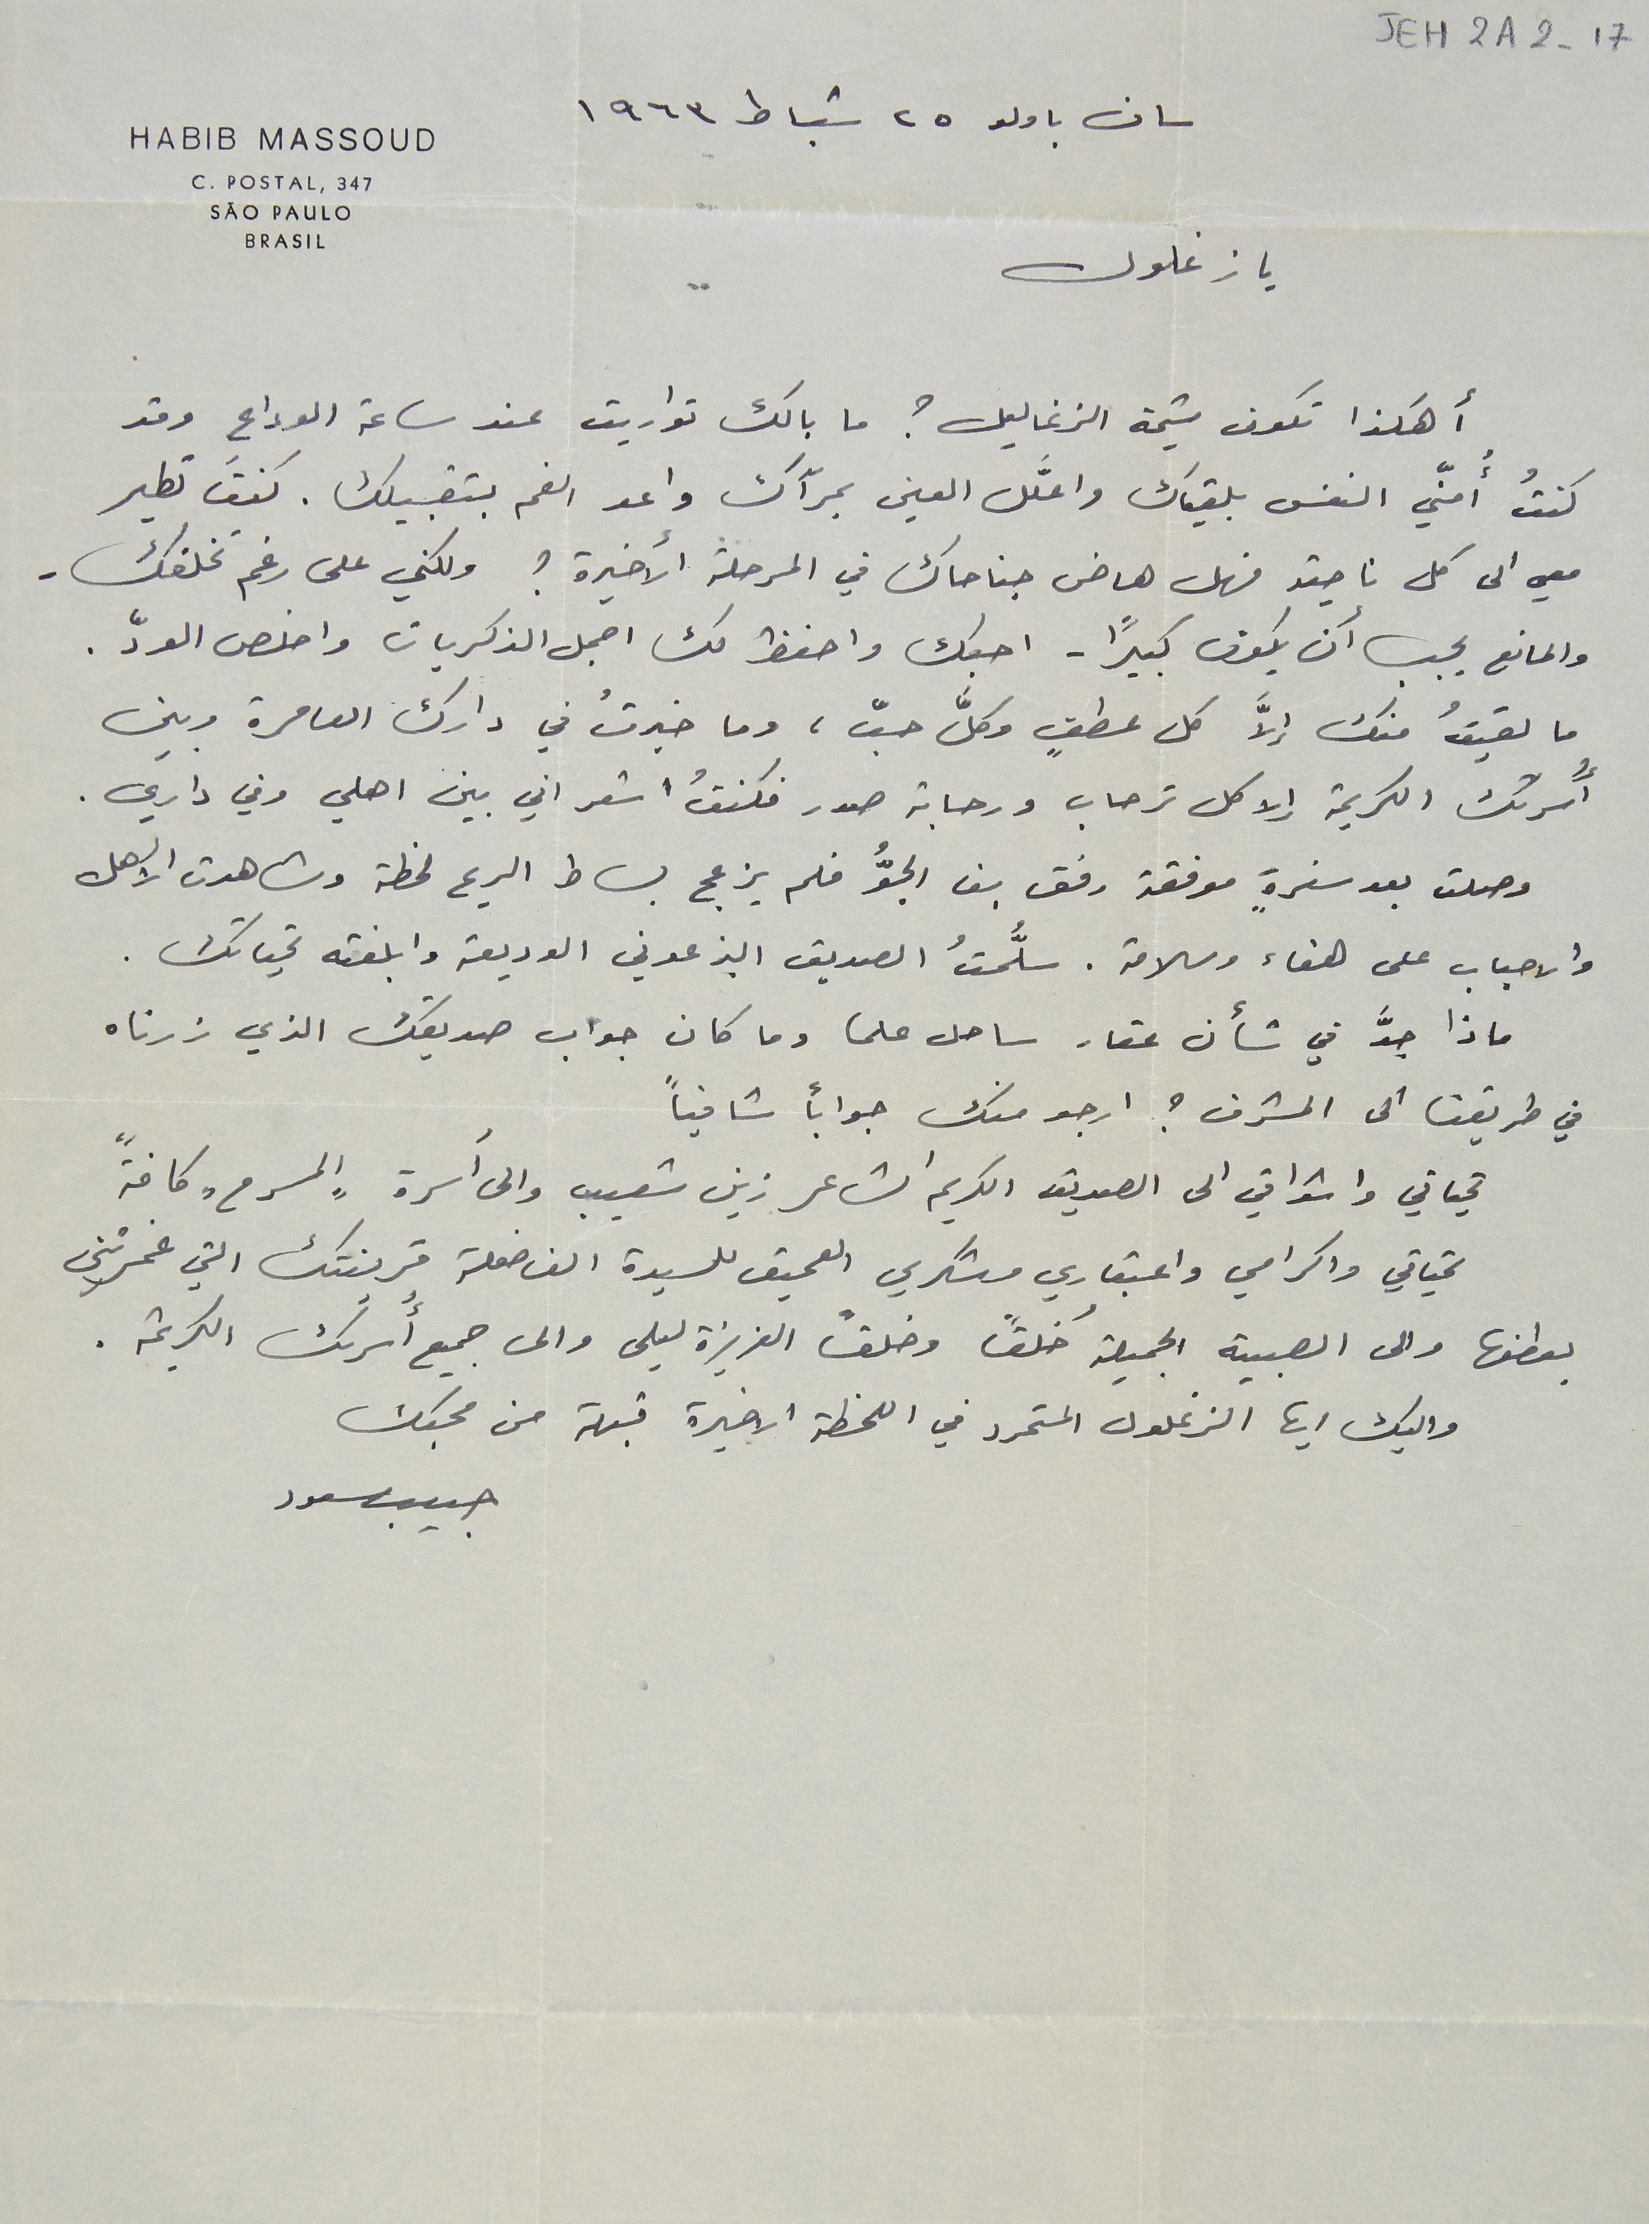
JEH2A2-17
سان باولو ٢٥ شباط ١٩٦٣
HABIB MASSOUD
يا زغلول
أهكذا تكون شيمة الزغاليل؟ ما بالك تواريت عند ساعة الوداع وقد
 كنتُ أُمنّي النفس بلقياك واعَلّل العين بمرآك واعد الفم بتقبيلك. كنتَ تطير
معي الى كل ناحية فهل هاض جناحاك في المرحلة الأخيرة ؟ ولكني على رغم تخلفك .
والمانع يجب أن يكون كبيرًا - احبك واحفظ لك اجمل الذكريات واخلص الودّ .
ما لقيتُ منك إلا كل عطفٍ وكلَّ حبّ، وما خبرتُ في دارك العامرة وبين
أُسرتك الكريمة إلا كل ترحاب ورحابة صدر فكنتُ اشعر اني بين اهلي وفي داري.
وصلت بعد سفرةٍ موفقة رفق بنا الجوُّ فلم يزعج بساط الريح لحظة وشاهدت الأهل
والاحباب على هناء وسلامة. سلُّمتُ الصديق البزعوني الوديعة وابلغته تحياتك .
 ماذا جدَّ في شأن عقار ساحل علما وما كان جواب صديقك الذي زرناه
في طريقنا الى المشرف ؟ ارجو منك جواباً شافياً
تحياتي واشواقي الى الصديق الكريم الشاعر زين شعيب والى أسرة "المسرح" كافةً
تحياتي واكرامي واعتباري وشكري العميق للسيدة الفاضلة قرينتك التي غمرتني
بعطفها والى الصبية الجميلة خُلقًا وخلقًا العزيزة ليلى والى جميع أُسرتك الكريمة.
واليك ايها الزغلول المتمرد في اللحظة الاخيرة قبلة من محبك
     حبيب مسعود
C. POSTAL, 347
SÃO PAULO
BRASIL